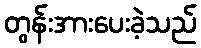
တွန်းအားပေးခဲ့သည်